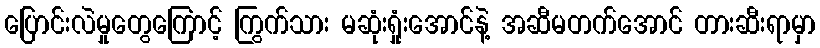
ပြောင်းလဲမှုတွေကြောင့် ကြွက်သား မဆုံးရှုံးအောင်နဲ့ အဆီမတက်အောင် တားဆီးရာမှာ